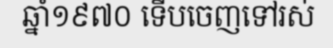
ឆ្នាំ១៩៧០ ទើបចេញទៅរស់